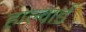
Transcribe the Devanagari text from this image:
हाल्वार्ड